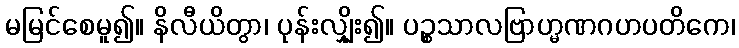
မမြင်စေမူ၍။ နိလီယိတွာ၊ ပုန်းလျှိုး၍။ ပဉ္စသာလဗြာဟ္မဏဂဟပတိကေ၊